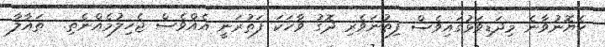
ހެޔޮނުވާނެ މިދަޑިވަޅުގައިވެސް ފިތުނަވެރި ދޮގު ވާހަކަ ފަތުރަނީ އެއްވެސް ޖެހިލުމެއްނެތި.  ތައާލާ